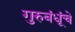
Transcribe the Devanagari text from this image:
गुरुबंधूंचे